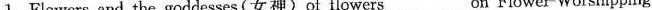
1.Flowers and the goddesses (女神)of flowers on Flower ___Worshipping